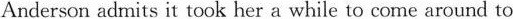
Anderson admits it took her a while to come around to